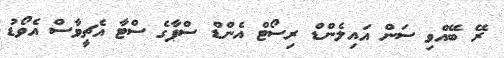
ރޭ ބޭއްވި ސަން އައިލެންޑް ރިސޯޓް އެންޑް ސްޕާގެ ސްޓާ އެޗީވާސް އެވޯޑު